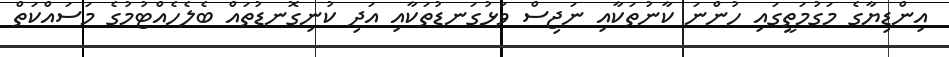
އިންޑިޔާގެ މަގުމަތީގައި ހުންނަ ކާނުތަކާއި ނަޖިސް ވަޅުގަނޑުތަކާއި އަދި ކުނިގޮނޑުތައް ބެލެހެއްޓުމުގެ މަސައްކަތް